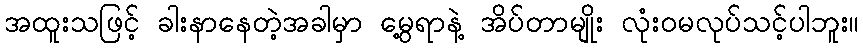
အထူးသဖြင့် ခါးနာနေတဲ့အခါမှာ မွေ့ရာနဲ့ အိပ်တာမျိုး လုံးဝမလုပ်သင့်ပါဘူး။